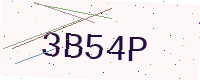
Text: 3B54P